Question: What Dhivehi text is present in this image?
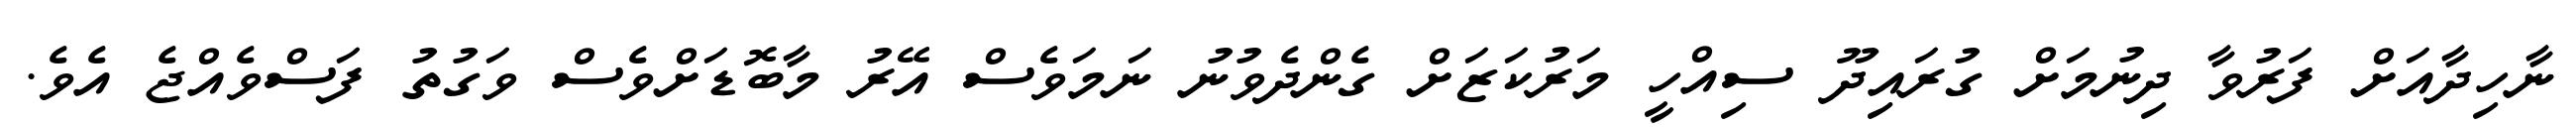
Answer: ނާހިދާއަށް ފަރުވާ ދިނުމަށް ގުރައިދޫ ސިއްހީ މަރުކަޒަށް ގެންދެވުނު ނަމަވެސް އޭރު މާބޮޑަށްވެސް ވަގުތު ފަސްވެއްޖެ އެވެ.